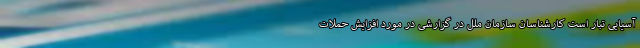
آسیایی تبار است کارشناسان سازمان ملل در گزارشی در مورد افزایش حملات